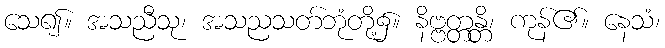
သေ၍။ အသညီသု၊ အသညသတ်ဘုံတို့၌။ နိဗ္ဗတ္တန္တိ၊ ကုန်၏။ နေသံ၊